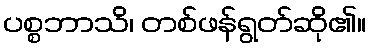
ပစ္စဘာသိ၊ တစ်ဖန်ရွတ်ဆို၏။